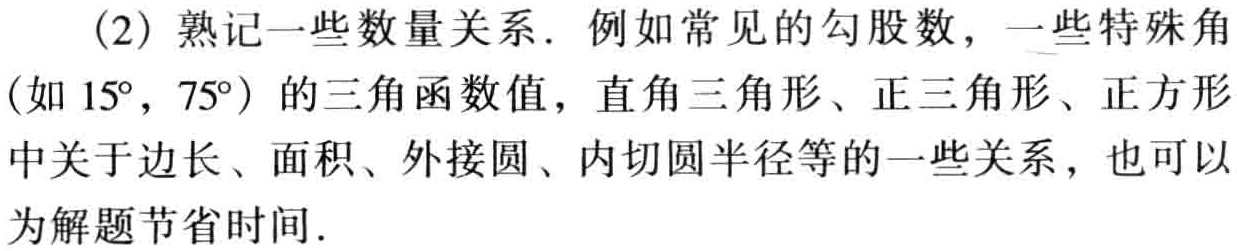
(2) 熟记一些数量关系. 例如常见的勾股数, 一些特殊角（如 \(15^{\circ},75^{\circ}\)）的三角函数值, 直角三角形、正三角形、正方形中关于边长、面积、外接圆、内切圆半径等的一些关系, 也可以为解题节省时间.